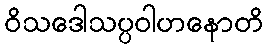
ဝိသဒေါသပ္ပဝါဟနောတိ